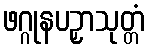
ဖဂ္ဂုနပဉှာသုတ္တံ